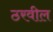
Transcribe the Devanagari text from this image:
ठरवील